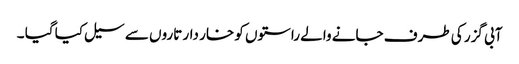
آبی گزر کی طرف جانے والے راستوں کو خار دار تاروں سے سیل کیا گیا ۔